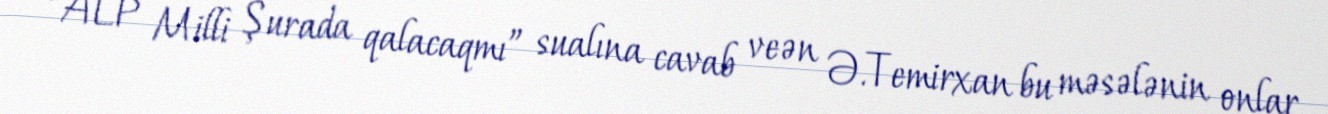
“ALP Milli Şurada qalacaqmı” sualına cavab veən Ə.Temirxan bu məsələnin onlar